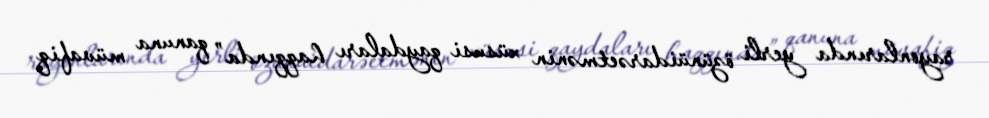
rayonlarında yerli özünüidarəetmənin xüsusi qaydaları haqqında” qanuna müvafiq